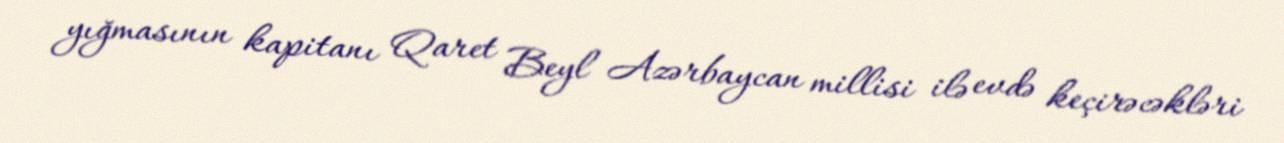
yığmasının kapitanı Qaret Beyl Azərbaycan millisi ilə evdə keçirəcəkləri